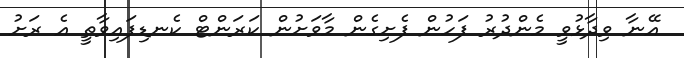
އޭނާ ވިދާޅުވީ މެންދުރު ފަހުން ފެށިގެން މާވަށުން ކަރަންޓް ކެނޑިފައިވާތީ އެ ރަށު